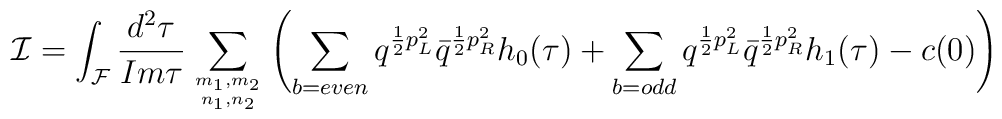
{\cal I}=  \int_{{\cal F}}\frac{d^2 \tau}{Im \tau}\sum_{m_1,m_2\atop n_1,n_2}\left( \sum_{b=even}q^{ \frac{1}{2}p_L^2}\bar q^{ \frac{1}{2}p_R^2}h_0(\tau)+\sum_{b=odd}q^{ \frac{1}{2}p_L^2}\bar q^{ \frac{1}{2}p_R^2}h_1(\tau)-c(0)\right)